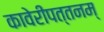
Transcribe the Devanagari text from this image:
कावेरीपत्तनम्